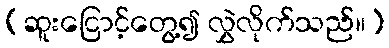
(ဆူးငြောင့်တွေ့၍ လွှဲလိုက်သည်။)